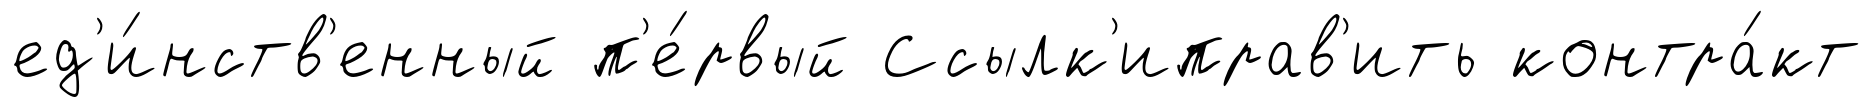
ед'и́нств'енный п'е́рвый Ссылк'иправ'ить контра́кт